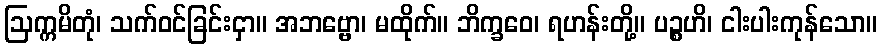
ဩက္ကမိတုံ၊ သက်ဝင်ခြင်းငှာ။ အဘဗ္ဗော၊ မထိုက်။ ဘိက္ခဝေ၊ ရဟန်းတို့။ ပဉ္စဟိ၊ ငါးပါးကုန်သော။